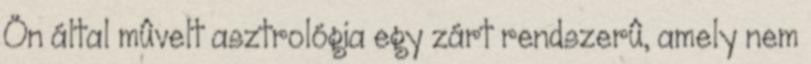
Ön által mûvelt asztrológia egy zárt rendszerû, amely nem